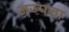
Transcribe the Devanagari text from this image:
अज्पना